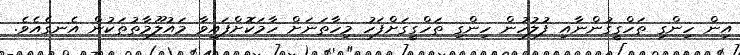
އިން ހިންގި ތަހްގީގުންނާއި ފުލުހުން ހިންގި ތަހްގީގަށްފަހު މިހާތަނަށް ހާމަކޮށްފައިވާ މައުލޫމާތުތަކުން އެނގެއެވެ.